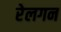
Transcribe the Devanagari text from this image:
रेलगन